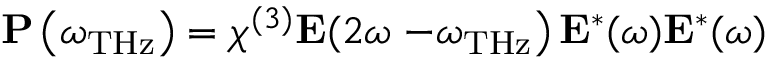
\mathbf { P } \left( \omega _ { \mathrm { T H z } } \right) = \chi ^ { ( 3 ) } \mathbf { E } ( 2 \omega \left. - \omega _ { \mathrm { T H z } } \right) \mathbf { E } ^ { * } ( \omega ) \mathbf { E } ^ { * } ( \omega )